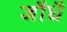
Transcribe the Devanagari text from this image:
जौधै